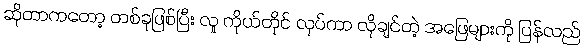
ဆိုတာကတော့ တစ်ခုဖြစ်ပြီး လူ ကိုယ်တိုင် လုပ်ကာ လိုချင်တဲ့ အဖြေများကို ပြန်လည်